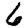
Digit: 6